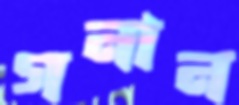
গনান